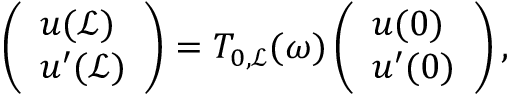
\left( \begin{array} { l } { u ( \mathcal { L } ) } \\ { u ^ { \prime } ( \mathcal { L } ) } \end{array} \right) = T _ { 0 , \mathcal { L } } ( \omega ) \left( \begin{array} { l } { u ( 0 ) } \\ { u ^ { \prime } ( 0 ) } \end{array} \right) ,